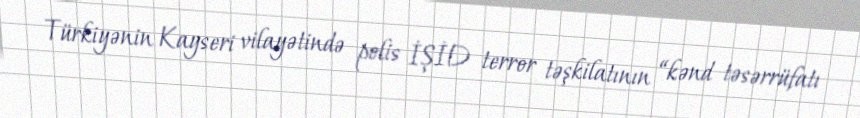
Türkiyənin Kayseri vilayətində polis İŞİD terror təşkilatının “kənd təsərrüfatı